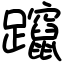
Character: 躥